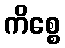
ကိစ္စေ